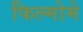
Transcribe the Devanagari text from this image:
फिल्मोमे